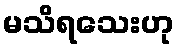
မသိရသေးဟု